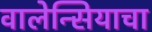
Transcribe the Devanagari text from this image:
वालेन्सियाचा